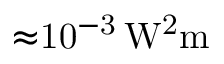
\mathrm { { \approx } 1 0 ^ { - 3 } \, W ^ { 2 } m }